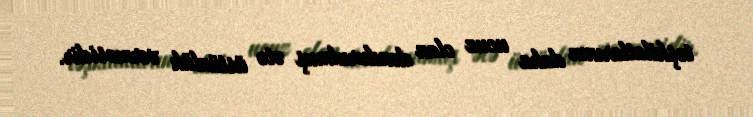
təşkilatlarının daha ucuz olan dondurulmuş ətə üstünlük verməsidir.